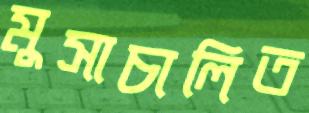
মুসাচালিত